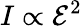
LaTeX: I\propto\mathcal{E}^{2}